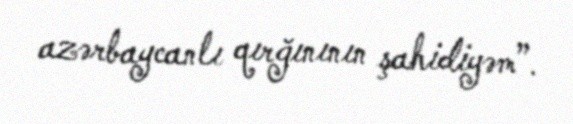
azərbaycanlı qırğınının şahidiyəm”.